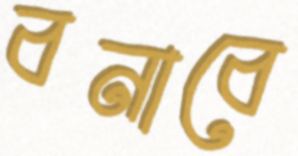
বনাবে